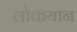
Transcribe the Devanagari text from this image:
लोकयान